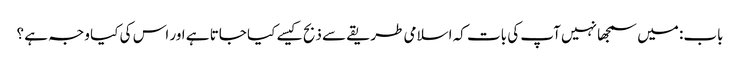
باب: میں سمجھا نہیں آپ کی بات کہ اسلامی طریقے سے ذبح کیسے کیا جاتا ہے اور اس کی کیا وجہ ہے ؟